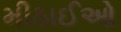
મીઠાઈઓ